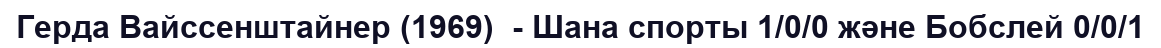
Герда Вайссенштайнер (1969)  - Шана спорты 1/0/0 және Бобслей 0/0/1